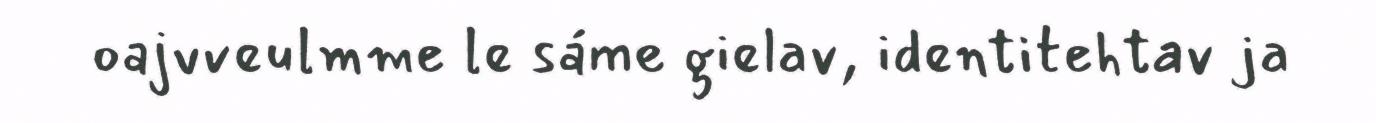
oajvveulmme le sáme gielav, identitehtav ja